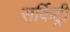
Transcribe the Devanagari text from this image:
सर्किट्री